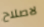
لاصلاح